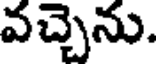
వచ్చెను.